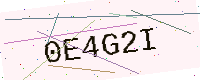
Text: 0E4G2I